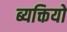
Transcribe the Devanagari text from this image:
ब्यक्तियो